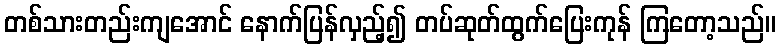
တစ်သားတည်းကျအောင် နောက်ပြန်လှည့်၍ တပ်ဆုတ်ထွက်ပြေးကုန် ကြတော့သည်။